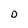
Character: D